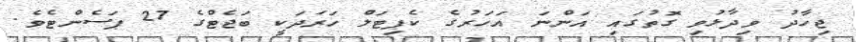
ޖިހާދު ވިދާޅުވި ގޮތުގައި އަންނަ އަހަރުގެ ކެޕިޓަލް ހަރަދަކީ ބަޖެޓްގެ 27 ޕަސެންޓެވެ.